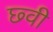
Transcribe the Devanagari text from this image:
छ्वी